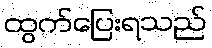
ထွက်ပြေးရသည်